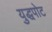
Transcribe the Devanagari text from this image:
युद्धपोट